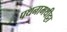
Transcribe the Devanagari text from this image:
पथनामथीट्टा